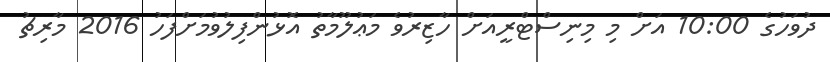
ދުވަހުގެ 10:00 އަށް މި މިނިސްޓްރީއަށް ހާޒިރުވެ މަޢުލޫމާތު އޮޅުންފިލުވުމަށްފަހު 2016 މާރިޗު